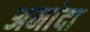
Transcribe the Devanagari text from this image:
अमांदा